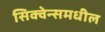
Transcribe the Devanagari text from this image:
सिक्वेन्समधील